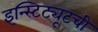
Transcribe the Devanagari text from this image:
इन्स्टिट्यूटची